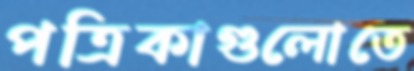
পত্রিকাগুলোতে